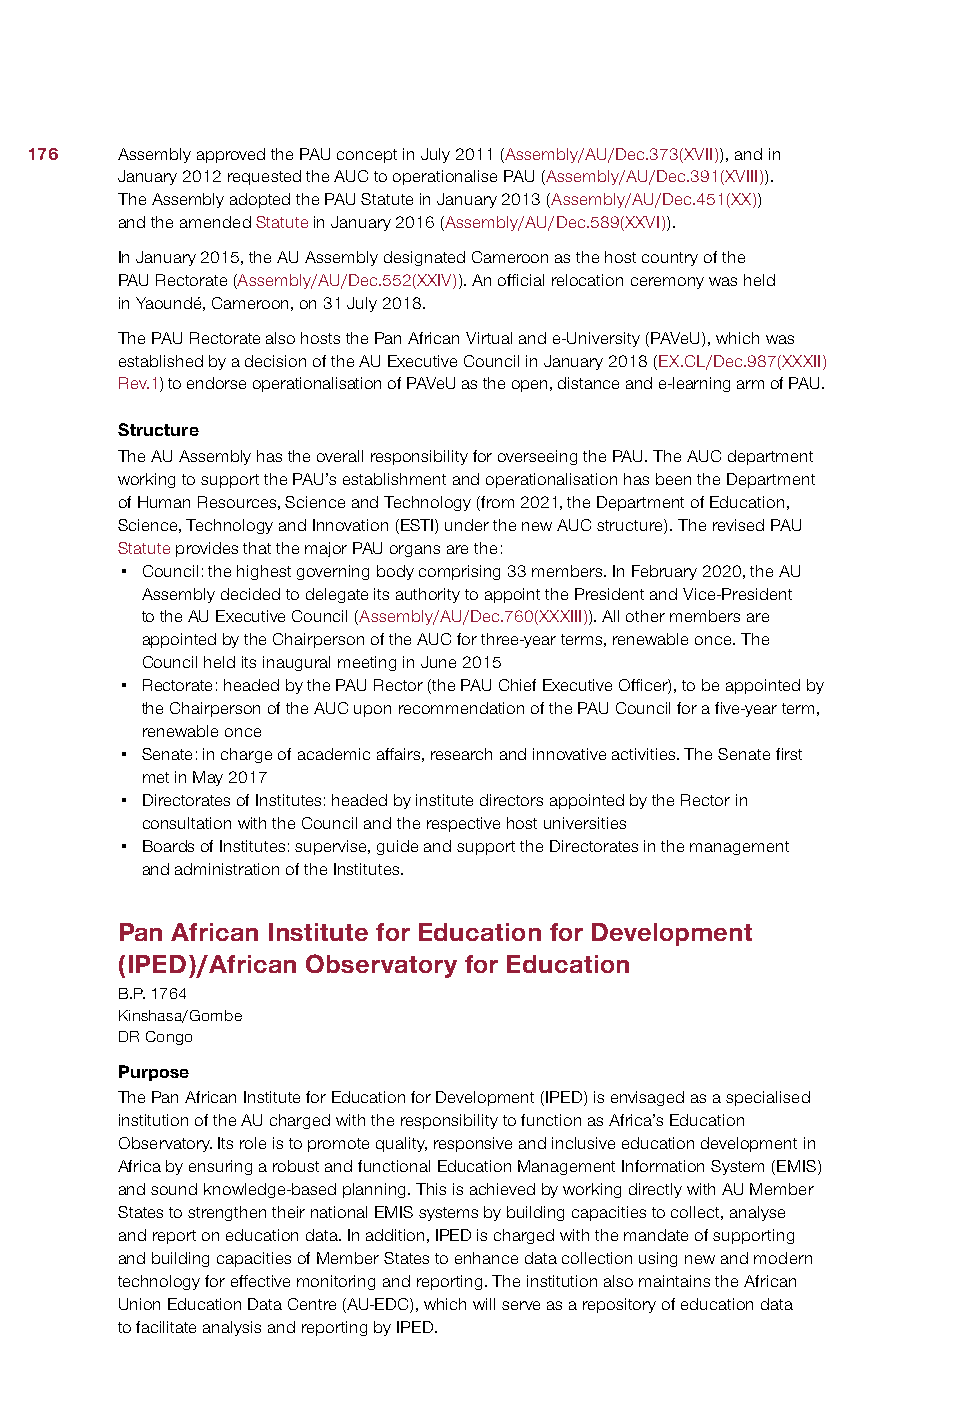
176   Assembly approved the PAU concept in July 2011 (Assembly/AU/Dec.373(XVII)), and in
 January 2012 requested the AUC to operationalise PAU (Assembly/AU/Dec.391(XVIII)).
 The Assembly adopted the PAU Statute in January 2013 (Assembly/AU/Dec.451(XX))
 and the amended Statute in January 2016 (Assembly/AU/Dec.589(XXVI)).
 In January 2015, the AU Assembly designated Cameroon as the host country of the
 PAU Rectorate (Assembly/AU/Dec.552(XXIV)). An official relocation ceremony was held
 in Yaoundé, Cameroon, on 31 July 2018.
 The PAU Rectorate also hosts the Pan African Virtual and e-University (PAVeU), which was
 established by a decision of the AU Executive Council in January 2018 (EX.CL/Dec.987(XXXII)
 Rev.1) to endorse operationalisation of PAVeU as the open, distance and e-learning arm of PAU.
 Structure
 The AU Assembly has the overall responsibility for overseeing the PAU. The AUC department
 working to support the PAU’s establishment and operationalisation has been the Department
 of Human Resources, Science and Technology (from 2021, the Department of Education,
 Science, Technology and Innovation (ESTI) under the new AUC structure). The revised PAU
 Statute provides that the major PAU organs are the:
 • Council: the highest governing body comprising 33 members. In February 2020, the AU
 Assembly decided to delegate its authority to appoint the President and Vice-President
 to the AU Executive Council (Assembly/AU/Dec.760(XXXIII)). All other members are
 appointed by the Chairperson of the AUC for three-year terms, renewable once. The
 Council held its inaugural meeting in June 2015
 • Rectorate: headed by the PAU Rector (the PAU Chief Executive Officer), to be appointed by
 the Chairperson of the AUC upon recommendation of the PAU Council for a five-year term,
 renewable once
 • Senate: in charge of academic affairs, research and innovative activities. The Senate first
 met in May 2017
 • Directorates of Institutes: headed by institute directors appointed by the Rector in
 consultation with the Council and the respective host universities
 • Boards of Institutes: supervise, guide and support the Directorates in the management
 and administration of the Institutes.
 Pan African Institute for Education for Development
 (IPED)/African Observatory for Education
 B.P. 1764
 Kinshasa/Gombe
 DR Congo
 Purpose
 The Pan African Institute for Education for Development (IPED) is envisaged as a specialised
 institution of the AU charged with the responsibility to function as Africa’s Education
 Observatory. Its role is to promote quality, responsive and inclusive education development in
 Africa by ensuring a robust and functional Education Management Information System (EMIS)
 and sound knowledge-based planning. This is achieved by working directly with AU Member
 States to strengthen their national EMIS systems by building capacities to collect, analyse
 and report on education data. In addition, IPED is charged with the mandate of supporting
 and building capacities of Member States to enhance data collection using new and modern
 technology for effective monitoring and reporting. The institution also maintains the African
 Union Education Data Centre (AU-EDC), which will serve as a repository of education data
 to facilitate analysis and reporting by IPED.